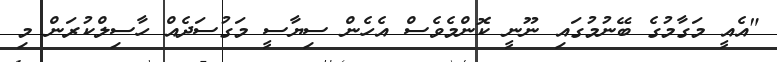
"އެއީ މަގާމުގެ ބޭނުމުގައި ނޫނީ ކޮންމެވެސް އެހެން ސިޔާސީ މަގުސަދެއް ހާސިލްކުރަން މި